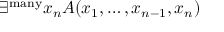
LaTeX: \exists ^ { \mathrm { m a n y } } x _ { n } A ( x _ { 1 } , \ldots , x _ { n - 1 } , x _ { n } )